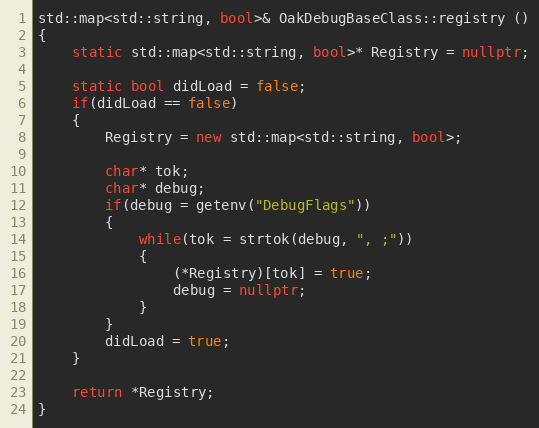
Language: C++
std::map<std::string, bool>& OakDebugBaseClass::registry ()
{
	static std::map<std::string, bool>* Registry = nullptr;

	static bool didLoad = false;
	if(didLoad == false)
	{
		Registry = new std::map<std::string, bool>;

		char* tok;
		char* debug;
		if(debug = getenv("DebugFlags"))
		{
			while(tok = strtok(debug, ", ;"))
			{
				(*Registry)[tok] = true;
				debug = nullptr;
			}
		}
		didLoad = true;
	}

	return *Registry;
}